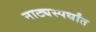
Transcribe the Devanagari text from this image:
नाट्यस्पर्धांत